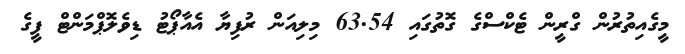
މީގެއިތުރުން ގްރީން ޓެކްސްގެ ގޮތުގައި 63.54 މިލިއަން ރުފިޔާ އެއާޕޯޓު ޑިވެލޮޕްމަންޓް ފީގެ